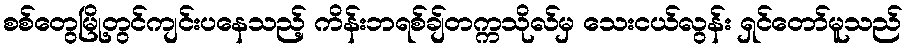
စစ်တွေမြို့တွင်ကျင်းပနေသည့် ကိန်းဘရစ်ချ်တက္ကသိုလ်မှ သေးငယ်လွန်း ရှင်တော်မူသည်